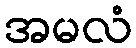
အမလံ